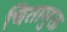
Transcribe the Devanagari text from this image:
चितामुक्त